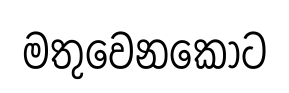
මතුවෙනකොට